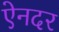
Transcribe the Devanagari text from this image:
ऐनदर